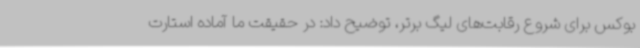
بوکس برای شروع رقابت‌های لیگ برتر، توضیح داد: در حقیقت ما آماده استارت